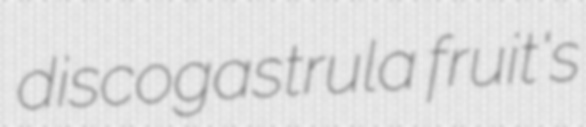
discogastrula fruit's